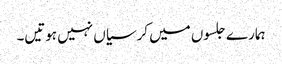
ہمارے جلسوں میں کرسیاں نہیں ہوتیں۔